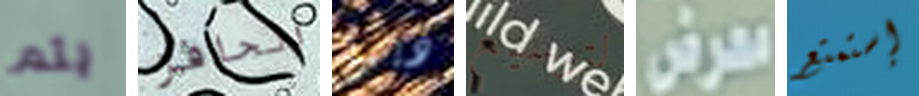
يتم الحافز ديبرا لتوسيع معرض إستمتع